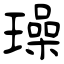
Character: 璪